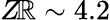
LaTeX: Z\! \mathbb{R}\sim4.2